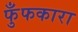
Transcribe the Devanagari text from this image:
फुँफकारा